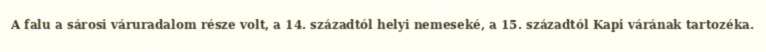
A falu a sárosi váruradalom része volt, a 14. századtól helyi nemeseké, a 15. századtól Kapi várának tartozéka.